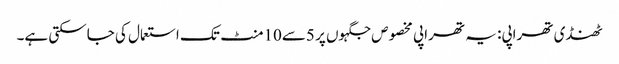
ٹھنڈی تھراپی: یہ تھراپی مخصوص جگہوں پر 5سے10منٹ تک استعمال کی جاسکتی ہے۔